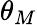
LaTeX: \theta_{M}